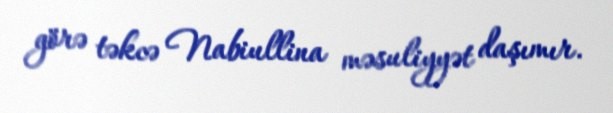
görə təkcə Nabiullina məsuliyyət daşımır.